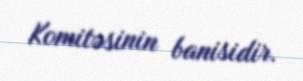
Komitəsinin banisidir.